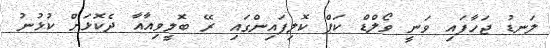
ލަނޑު ޖަހާފައި ވަނީ ވޯލްޑް ކަޕް ކޮލިފައިންގައި ރޭ ބޮލީވިއާއާ ދެކޮޅަށް ކުޅުނު